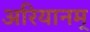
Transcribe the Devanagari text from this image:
अरियानम्